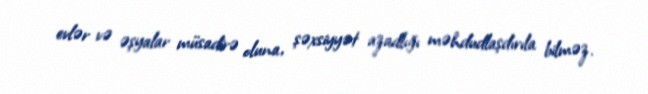
evlər və əşyalar müsadirə oluna, şəxsiyyət azadlığı məhdudlaşdırıla bilməz.